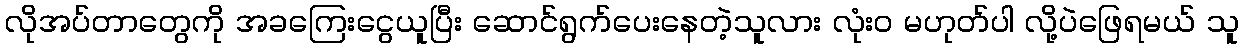
လိုအပ်တာတွေကို အခကြေးငွေယူပြီး ဆောင်ရွက်ပေးနေတဲ့သူလား လုံးဝ မဟုတ်ပါ လို့ပဲဖြေရမယ် သူ